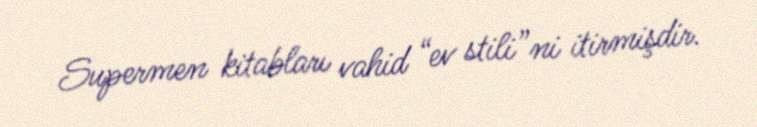
Supermen kitabları vahid “ev stili”ni itirmişdir.